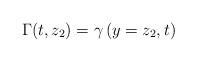
LaTeX: \begin{align*}\Gamma(t,z_2)=\gamma\left(y=z_2,t\right)\end{align*}